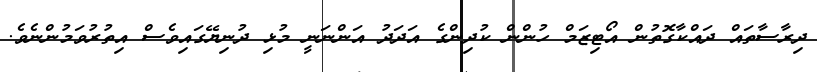
ދިރާސާތައް ދައްކާގޮތުން އޯޓިޒަމް ހުންން ކުދިންގެ އަދަދު އަންނަނީ މުޅި ދުނިޔޭގައިވެސް އިތުރުވަމުންނެވެ.